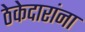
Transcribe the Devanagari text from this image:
ठेकेदारांना